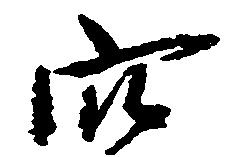
穴